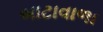
બાટાવાળા